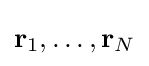
\mathbf {r} _{1},\ldots ,\mathbf {r} _{N}